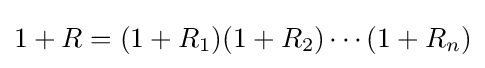
1+R=(1+R_{1})(1+R_{2})\cdots (1+R_{n})